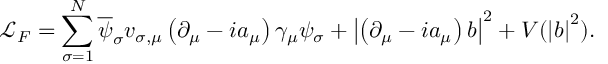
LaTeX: \mathcal { L } _ { F } = \sum _ { \sigma = 1 } ^ { N } \overline { { { \psi } } } _ { \sigma } v _ { \sigma , \mu } \left( \partial _ { \mu } - i a _ { \mu } \right) \gamma _ { \mu } \psi _ { \sigma } + \left| \left( \partial _ { \mu } - i a _ { \mu } \right) b \right| ^ { 2 } + V ( \left| b \right| ^ { 2 } ) .